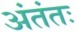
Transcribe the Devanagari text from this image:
अंतंतः